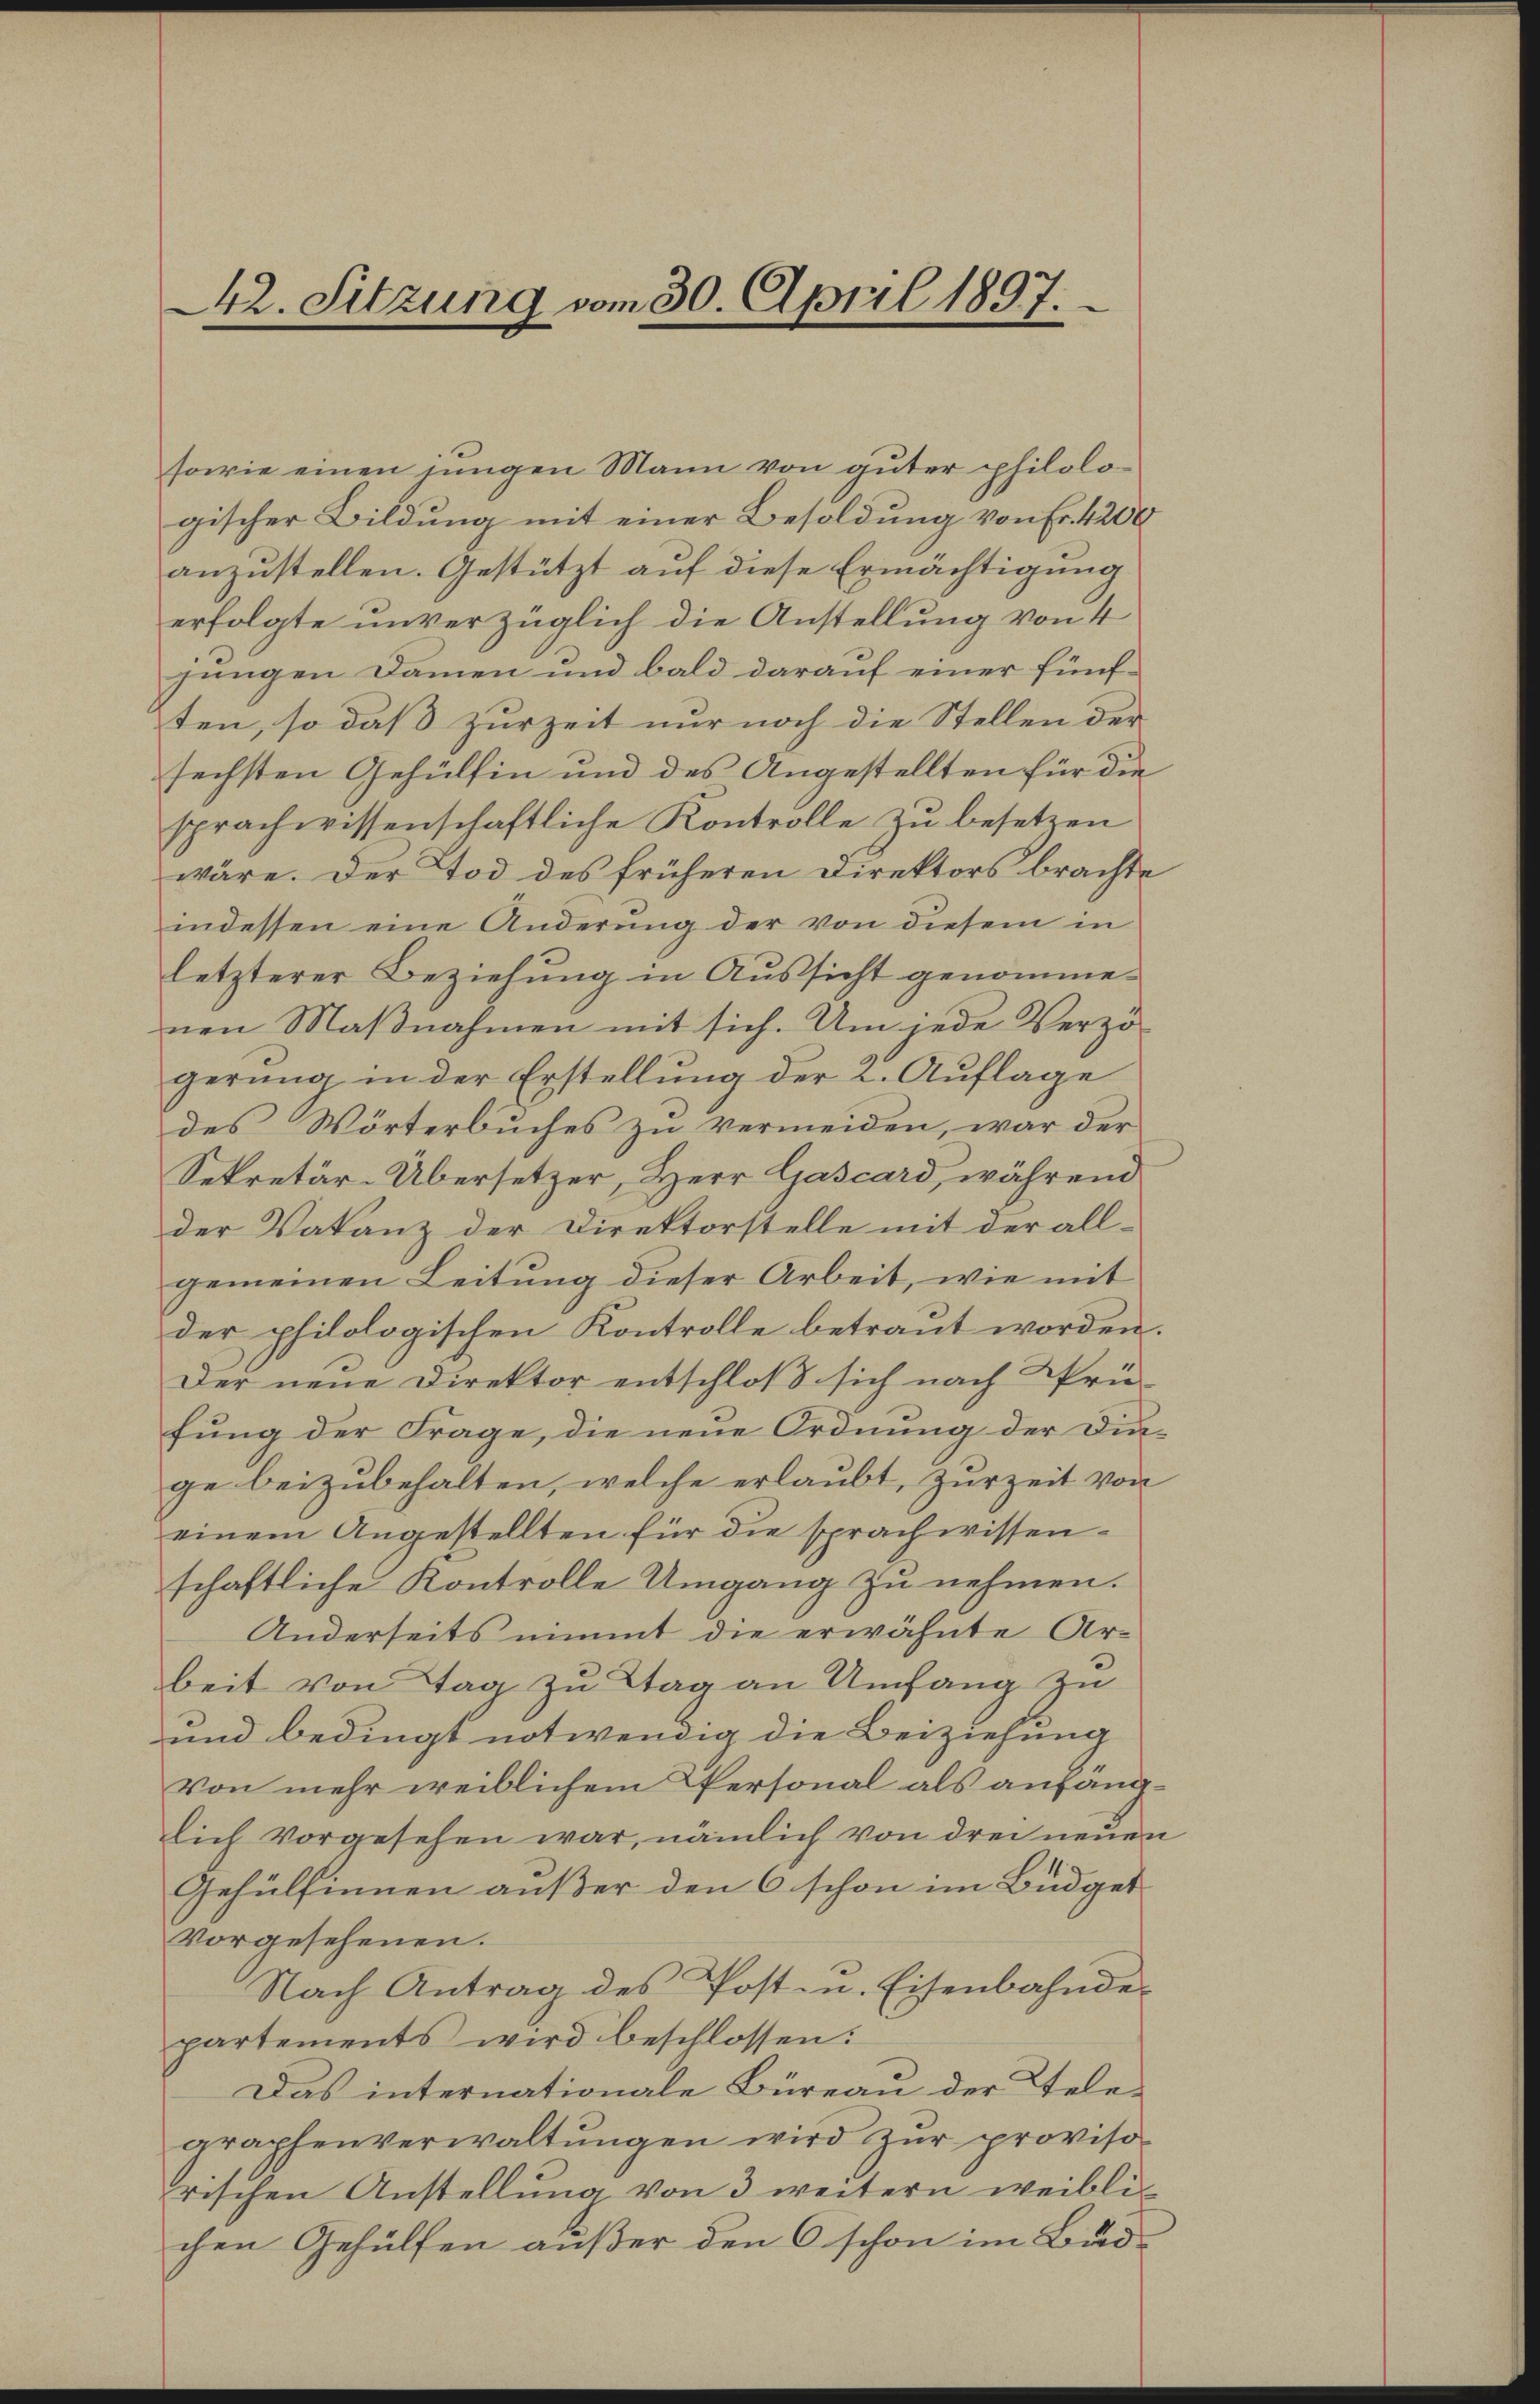
sowie einen jungen Mann von guter philologischer Bildung mit einer Besoldung von Fr. 4200
anzustellen. Gestützt auf diese Ermächtigung
erfolgte unverzüglich die Anstellung von 4
jungen Damen und bald darauf einer fünf-
ten, so daß zurzeit nur noch die Stellen der
sechsten Gehülfen und des Angestellten für die
sprachwissenschaftliche Kontrolle zu besetzen
wäre. Der Tod des früheren Direktors brachte
indessen eine Änderŭng der von diesem in
letzterer Beziehung in Aussicht genommenen Maβnahmen mit sich. Um jede Verzö-
gerŭng in der Erstellŭng der 2. Aŭflage
des Wörterbuches zu vermeiden, war der
Sekretär-Übersetzer, Herr Gascard, während
der Vakanz der Direktorstelle mit der allgemeinen Leitung dieser Arbeit, wie mit
der philologischen Kontrolle betraut worden.
Der neue Direktor entschloß sich nach Prü-
fung der Frage, die neue Ordnung der Dinge beizubehalten, welche erlaubt, zur Zeit von
einem Angestellten für die sprachwissen-
schaftliche Kontrolle Umgang zu nehmen.
beit von Tag zu Tag an Umfang zu
und bedingt notwendig die Beiziehung
Von mehr weiblichem Personal als anfanglich vorgesehen war, nämlich von drei neuen
Gehülfinnen außer den 6 schon im Büdget
vorgesehenen.
Nach Antrag des Post- u. Eisenbahnde
partements wird beschlossen:
Das internationale Büreau der Tele-
graphenverwaltungen wird zur proviso
rischen Anstellung von 3 weitern weiblichen Gehülfen außer den 6 schon im Bud¬

42. Sitzung vom 30. April 1897.

Anderseits nimmt die erwähnte Ar-